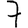
Digit: 7